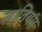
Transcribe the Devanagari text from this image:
लातियम